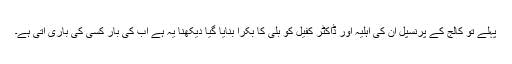
پہلے تو کالج کے پرنسپل ان کی اہلیہ اور ڈاکٹر کفیل کو بلی کا بکرا بنایا گیا دیکھنا یہ ہے اب کی بار کسی کی باری آتی ہے۔